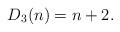
LaTeX: \begin{align*} D_3(n) = n+2. \end{align*}